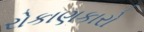
રોકાણકારો